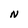
Character: N